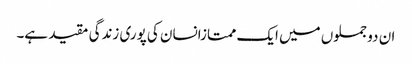
ان دو جملوں میں ایک ممتازانسان کی پوری زندگی مقید ہے۔